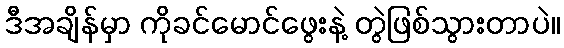
ဒီအချိန်မှာ ကိုခင်မောင်ဖွေးနဲ့ တွဲဖြစ်သွားတာပဲ။